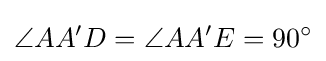
\angle AA'D=\angle AA'E=90^{\circ }